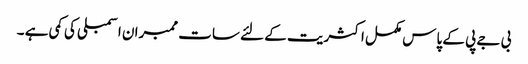
بی جے پی کے پاس مکمل اکثریت کے لئے سات ممبران اسمبلی کی کمی ہے ۔